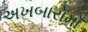
અખબારોમાઁ